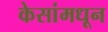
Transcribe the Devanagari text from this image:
केसांमधून